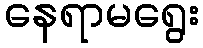
နေရာမရွေး